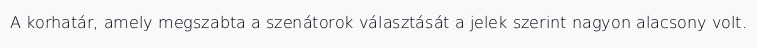
A korhatár, amely megszabta a szenátorok választását a jelek szerint nagyon alacsony volt.